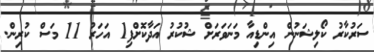
ސަރުކާރު ކޯލިޝަނުން އިންޑިއާ މަނަވަރަށް ޝުކުރު އަދާކޮށްފި1 އަހަރު 11 މަސް ކުރިން.